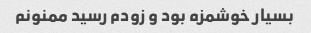
بسیار خوشمزه بود و زودم رسید ممنونم